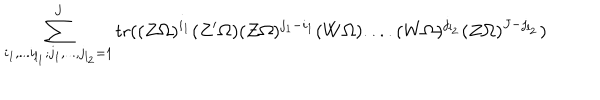
LaTeX: \sum _ { i _ { 1 } , . . . i _ { l _ { 1 } } ; j _ { 1 } , . . . , j _ { l _ { 2 } } = 1 } ^ { J } \mathrm { t r } ( ( Z \Omega ) ^ { i _ { 1 } } ( Z ^ { \prime } \Omega ) ( Z \Omega ) ^ { j _ { 1 } - i _ { 1 } } ( W \Omega ) . . . . ( W \Omega ) ^ { j _ { l _ { 2 } } } ( Z \Omega ) ^ { J - j _ { l _ { 2 } } } )